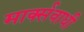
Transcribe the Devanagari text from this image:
मार्क्सवाधी